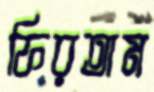
ফিরতাম